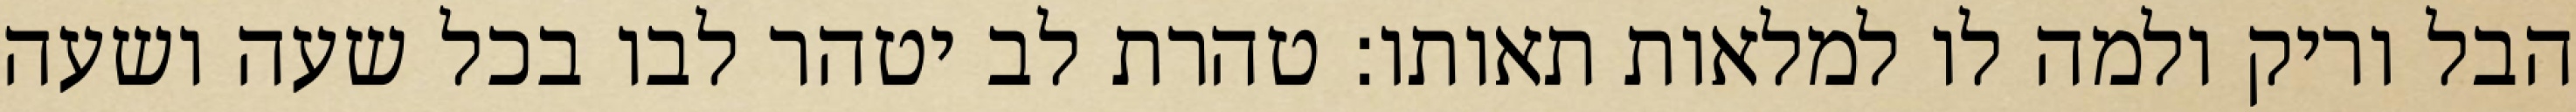
הבל וריק ולמה לו למלאות תאותו: טהרת לב יטהר לבו בכל שעה ושעה